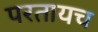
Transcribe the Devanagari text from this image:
परतायच